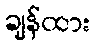
ချန်ထား